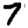
Digit: 7